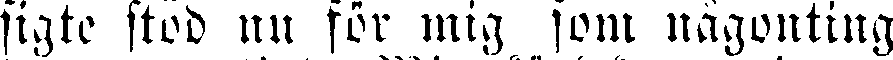
sigte stod nu för mig som någonting